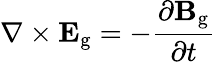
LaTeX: \nabla\times\mathbf{E}_{\mathrm{g}}=-{\frac{\partial\mathbf{B}_{\mathrm{g}}}{\partial t}}